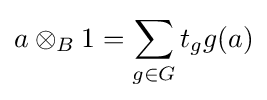
a\otimes _{B}1=\sum _{g\in G}t_{g}g(a)